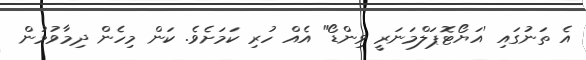
އެ ތަނުގައި 'އަޔޯޓޮޕަލްމަނަރީ ވިންޑޯ" އެއް ހުރި ކަމަށެވެ. ކަން މިހެން ދިމާވުމުން